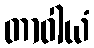
တာဝါယံ